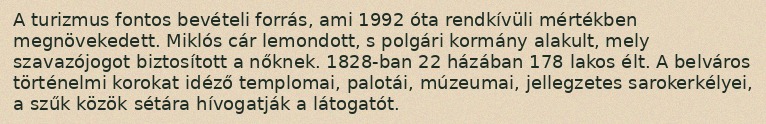
A turizmus fontos bevételi forrás, ami 1992 óta rendkívüli mértékben megnövekedett. Miklós cár lemondott, s polgári kormány alakult, mely szavazójogot biztosított a nőknek. 1828-ban 22 házában 178 lakos élt. A belváros történelmi korokat idéző templomai, palotái, múzeumai, jellegzetes sarokerkélyei, a szűk közök sétára hívogatják a látogatót.